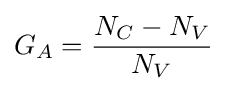
G_{A}={\frac {N_{C}-N_{V}}{N_{V}}}